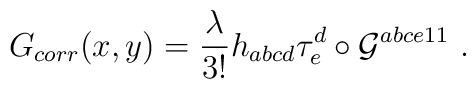
G_{corr}(x,y) = \frac{\lambda}{3!}h_{abcd} \tau^{d}_{e}\circ {\cal{G}}^{abce11} \ .